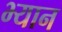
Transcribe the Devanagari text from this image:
भ्यान